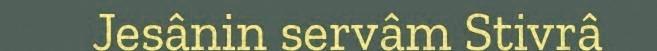
Jesânin servâm Stivrâ